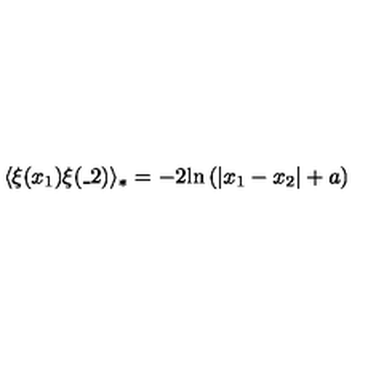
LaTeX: \langle \xi ( x _ { 1 } ) \xi ( \_ 2 ) \rangle _ { * } = - 2 \mathrm { l n } \left( | x _ { 1 } - x _ { 2 } | + a \right)